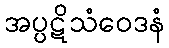
အပ္ပဋိသံဝေဒနံ